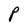
Character: P